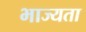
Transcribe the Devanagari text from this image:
भाज्यता